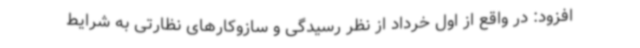
افزود: در واقع از اول خرداد از نظر رسیدگی و سازوکارهای نظارتی به شرایط